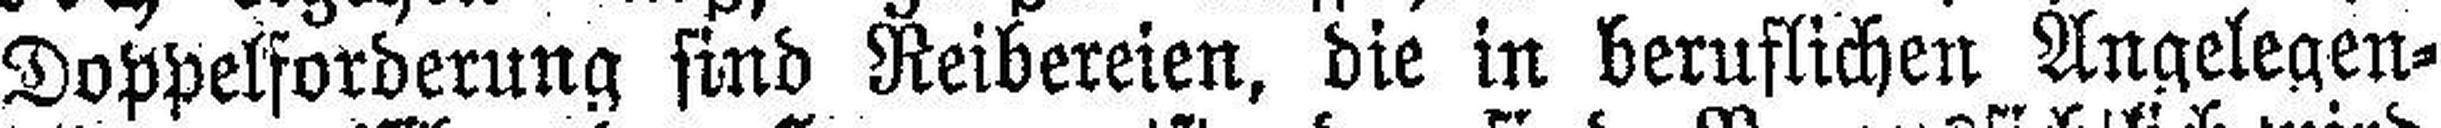
Doppelforderung sind Reibereien, die in beruflichen Angelegen¬